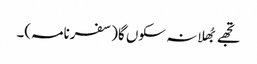
تجھے بُھلا نہ سکوں گا(سفرنامہ)۔